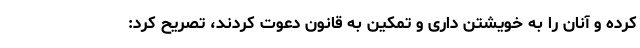
کرده و آنان را به خویشتن داری و تمکین به قانون دعوت کردند، تصریح کرد: